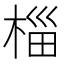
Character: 椔